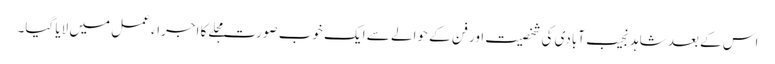
اس کے بعد شاہد نجیب آبادی کی شخصیت اور فن کے حوالے سے ایک خوب صورت مجلے کا اجراء عمل میں لایا گیا۔